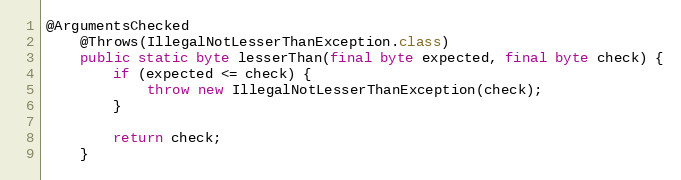
Language: Java
@ArgumentsChecked
	@Throws(IllegalNotLesserThanException.class)
	public static byte lesserThan(final byte expected, final byte check) {
		if (expected <= check) {
			throw new IllegalNotLesserThanException(check);
		}

		return check;
	}